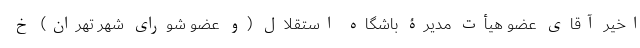
اخیر آقای عضو هیأت مدیرۀ باشگاه استقلال (و عضو شورای شهر تهران) خ